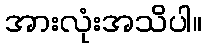
အားလုံးအသိပါ။